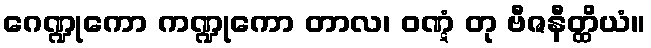
ဂေဏ္ဍုကော ကဏ္ဍုကော တာလ၊ ဝဏ္ဋံ တု ဗီဇနီတ္ထိယံ။